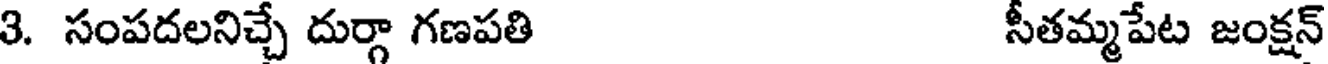
3. సంపదలనిచ్చే దుర్గా గణపతి సీతమ్మపేట జంక్షన్